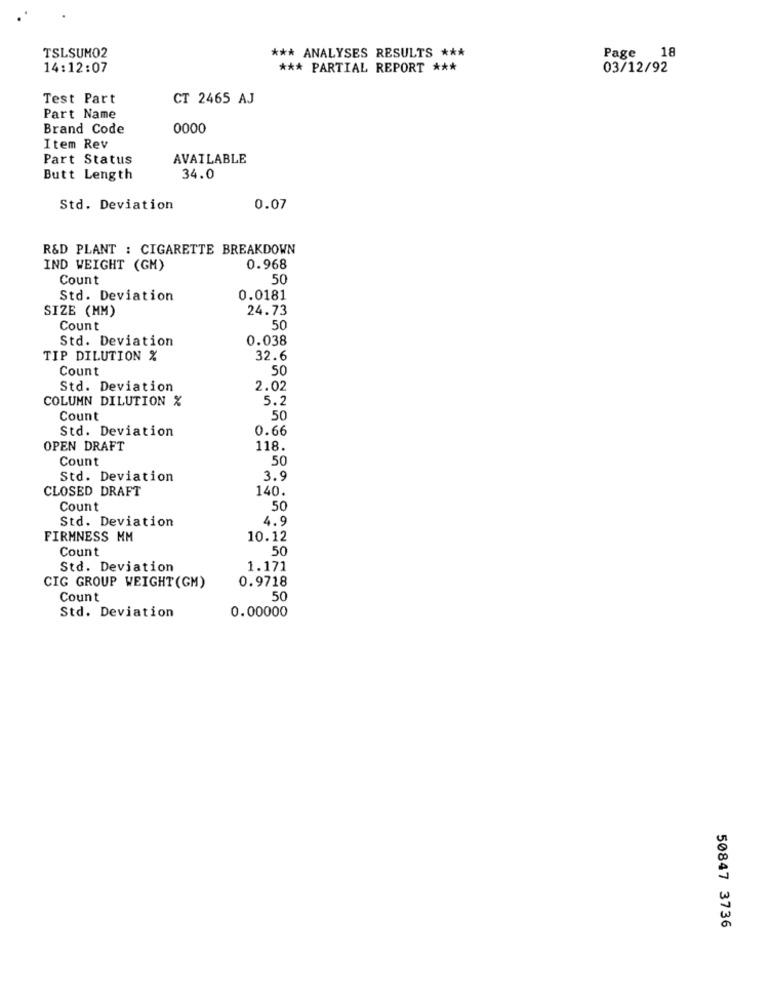
TSLSUMO2
*** ANALYSES RESULTS ***
Page 18
14:12:07
*** PARTIAL REPORT ***
03/12/92
Test Part
CT 2465 AJ
Part Name
Brand Code
0000
Item Rev
Part Status
AVAILABLE
Butt Length
34.0
Std. Deviation
0.07
R&D PLANT : CIGARETTE BREAKDOWN
IND WEIGHT (GM)
0.968
Count
.50
Std. Deviation
0.0181
SIZE (MM)
24.73
Count
.50
Std. Deviation
0.038
TIP DILUTION %
32.6
Count
50
Std. Deviation
2.02
COLUMN DILUTION %
5.2
Count
50
0.66
Std. Deviation
OPEN DRAFT
118.
Count
50
Std. Deviation
3.9
CLOSED DRAFT
140.
Count
50
Std. Deviation
4.9
FIRMNESS MM
10.12
Count
.50
Std. Deviation
1.171
0.9718
CIG GROUP WEIGHT (GM)
Count
50
Std. Deviation
0.00000
50847 3736